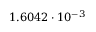
1 . 6 0 4 2 \cdot 1 0 ^ { - 3 }